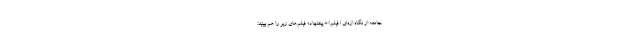
جامعه از نگاه اژه‌ای (فیلم) * پیشنهاد؛ فیلم‌های زیر را هم ببینید: